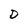
Character: D